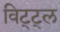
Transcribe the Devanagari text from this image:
विट्ट्ल